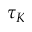
\tau _ { K }